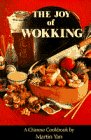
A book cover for The Joy of Wokking; Martin Yan; Cookbooks, Food & Wine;